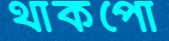
থাকপো